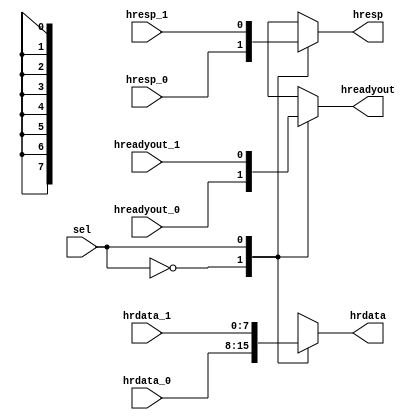
module multiplexor(
  input [7:0] hrdata_0,
  input [7:0] hrdata_1,
  input hreadyout_0,
  input hreadyout_1,
  input hresp_0,
  input hresp_1,
  input sel,
  output reg [7:0] hrdata,
  output reg hreadyout,
  output reg hresp
);

always @(*) begin
  case(sel)
    1'b0: begin
      hrdata = hrdata_0;
      hreadyout = hreadyout_0;
      hresp = hresp_0;
    end
    1'b1: begin
      hrdata = hrdata_1;
      hreadyout = hreadyout_1;
      hresp = hresp_1;
    end

    default: begin
      hrdata = 8'h0000_0000;
      hreadyout = 1'b0;
      hresp = 1'b0;
    end
  endcase
end

endmodule